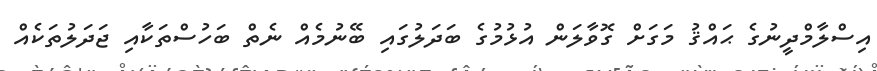
އިސްލާމްދީނުގެ ޙައްޤު މަގަށް ގޮވާލަން އުޅުމުގެ ބަދަލުގައި ބޭނުމެއް ނެތް ބަހުސްތަކާއި ޖަދަލުތަކެއް